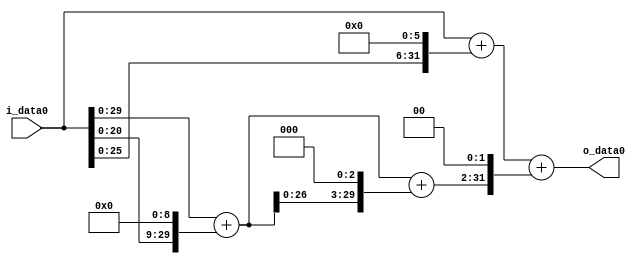
module multiplier_block (
    i_data0,
    o_data0
);

  // Port mode declarations:
  input   [31:0] i_data0;
  output  [31:0]
    o_data0;

  //Multipliers:

  wire [31:0]
    w1,
    w512,
    w513,
    w4104,
    w4617,
    w64,
    w65,
    w18468,
    w18533;

  assign w1 = i_data0;
  assign w18468 = w4617 << 2;
  assign w18533 = w65 + w18468;
  assign w4104 = w513 << 3;
  assign w4617 = w513 + w4104;
  assign w512 = w1 << 9;
  assign w513 = w1 + w512;
  assign w64 = w1 << 6;
  assign w65 = w1 + w64;

  assign o_data0 = w18533;

  //multiplier_block area estimate = 6895.627370925;
endmodule